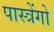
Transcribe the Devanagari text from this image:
पास्त्रेंगो